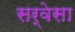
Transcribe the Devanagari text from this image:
सर्वेसा